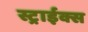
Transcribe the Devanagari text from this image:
स्ट्राईक्स